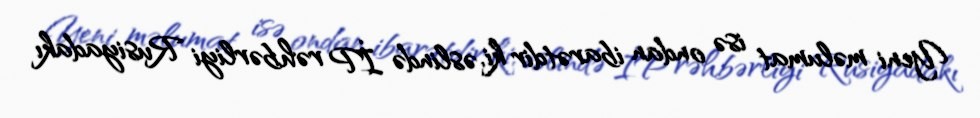
Yeni məlumat isə ondan ibarətdir ki, əslində İP rəhbərliyi Rusiyadakı